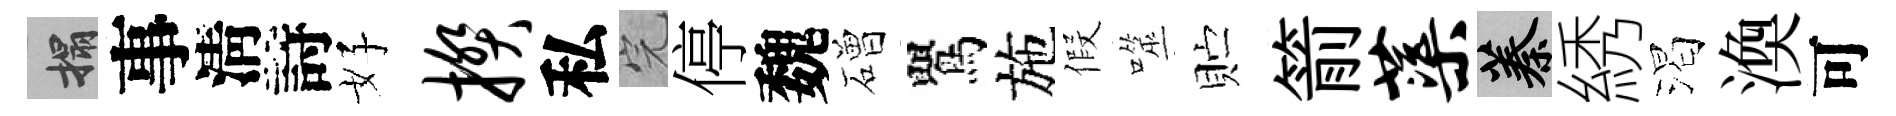
搨事淸詩好揆私完停魏磳鸎施假噬贮箭蕖蓁綉渴渙可